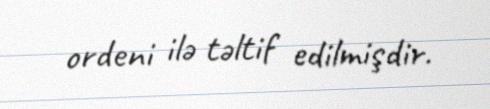
ordeni ilə təltif edilmişdir.